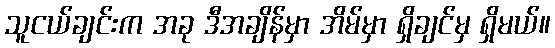
သူငယ်ချင်းက အခု ဒီအချိန်မှာ အိမ်မှာ ရှိချင်မှ ရှိမယ်။